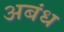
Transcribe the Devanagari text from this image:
अबंध